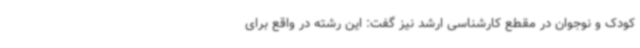
کودک و نوجوان در مقطع کارشناسی ارشد نیز گفت: این رشته در واقع برای